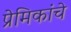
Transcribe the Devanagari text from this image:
प्रेमिकांचे